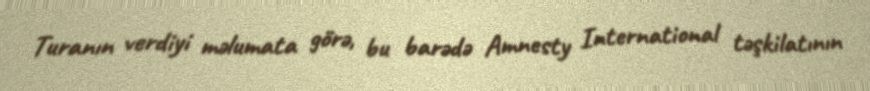
Turanın verdiyi məlumata görə, bu barədə Amnesty International təşkilatının